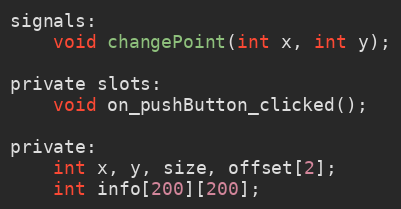
Language: C
signals:
    void changePoint(int x, int y);

private slots:
    void on_pushButton_clicked();

private:
    int x, y, size, offset[2];
    int info[200][200];